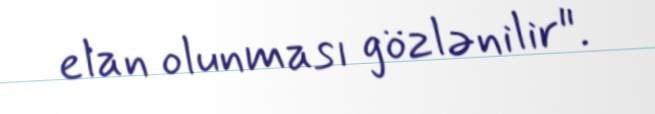
elan olunması gözlənilir".